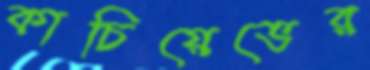
কাচিয়েভের